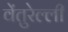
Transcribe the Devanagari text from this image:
वेंतुरेल्ली